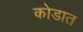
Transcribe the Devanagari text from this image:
कोडात